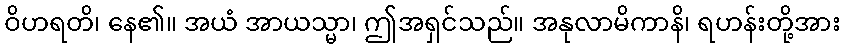
ဝိဟရတိ၊ နေ၏။ အယံ အာယသ္မာ၊ ဤအရှင်သည်။ အနုလာမိကာနိ၊ ရဟန်းတို့အား